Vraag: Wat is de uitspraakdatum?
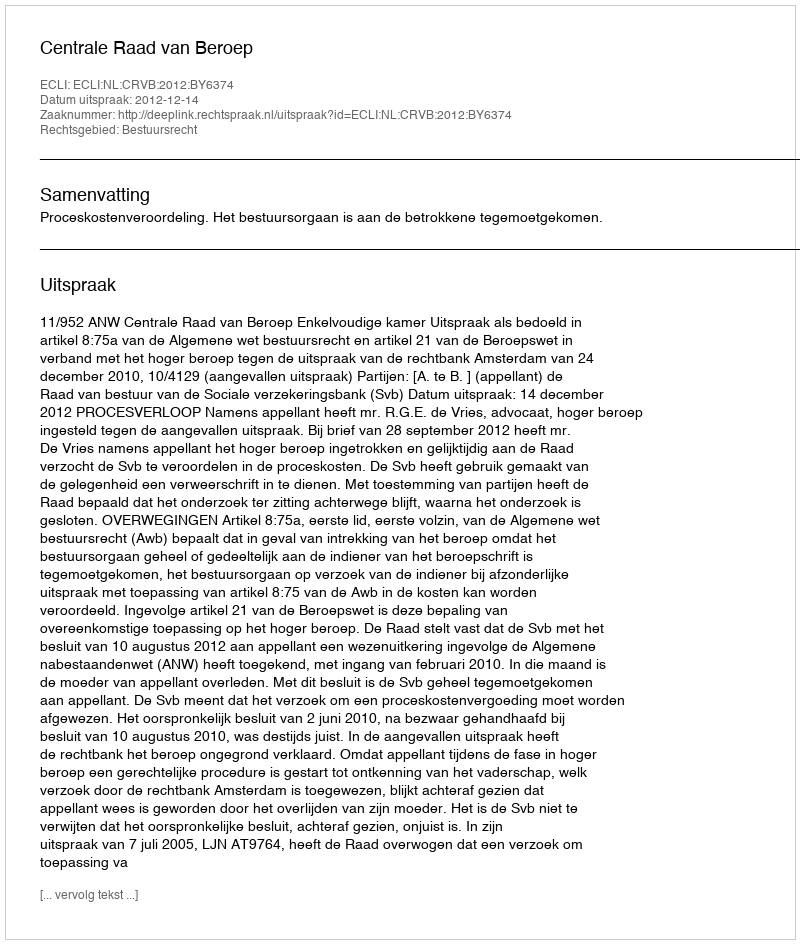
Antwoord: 2012-12-14